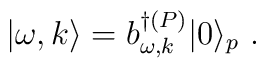
|\omega ,k\rangle =b_{\omega ,k}^{\dagger (P)}|0\rangle _{p}\ .